Calcutta medical institutions reports 1871-78
Year: 1871
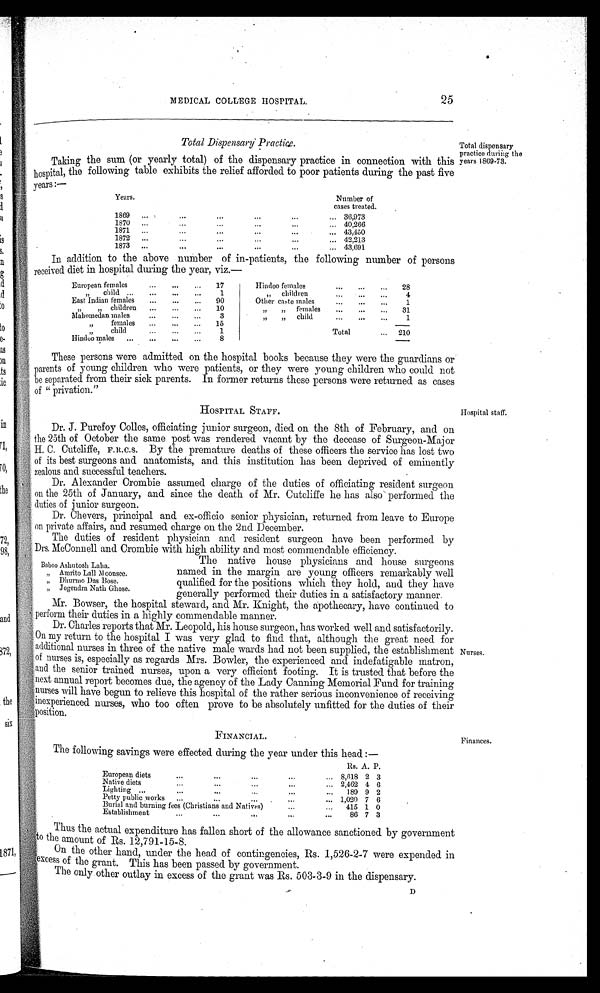
MEDICAL COLLEGE HOSPITAL.
25
Total Dispensary Practice.
Taking the sum (or yearly total) of the dispensary practice in connection with this
hospital, the following table exhibits the relief afforded to poor patients during the past five
years:·— T o t a l d i s p e n s a r y p r a c t i c e d u r i n g t h e y e a r s 1 8 6 9 - 7 3 .
Years.
Number of
cases treated.
1869
.36,973
1870
...40,266
1871
..43,450
1872
.4.2,213
1873
43,691
In addition to the above number of in-patients, the following number of persons
diet in hospital during the year, viz.—
European females
17
Hindoo females
28
" child
1
„" children
4
East Indian females
90
Other caste males
1
" children
10
" " females
31
Mahomedan males
3
",",child
1
" females
15
—
"„child
1
Total
210
Hindoo males
8
—
These persons were admitted on the hospital books because they were me guardians or
parents of young children who were patients, or they were young children who could not
be separated from their sick parents. In former returns these persons were returned as cases
of " privation."
HOSPITAL STAFF.
Dr. J. Purefoy Colles, officiating junior surgeon, died on the 8th of February, and on
the 25th of October the same post was rendered vacant by the decease of Surgeon-Major
H. C. Cutcliffe, F.R.C.S. . By the premature deaths of these officers the service has lost two
of its best surgeons and anatomists, and this institution has been deprived of eminently
zealous and successful teachers.
H o s p i t a l s t a f f .
Dr. Alexander Crombie assumed charge of the duties of officiating resident surgeon
on the 25th of January, and since the death of Mr. Cutcliffe he has also performed the
duties of junior surgeon.
Dr. Chevers, principal and ex-officio senior physician, returned from leave to Europe
on private affairs, and resumed charge on the 2nd December.
The duties of resident physician and resident surgeon have been performed by
Drs. McConnell and Crombie with high ability and most commendable efficiency.
lBanboo Ashutoshg Laha.
" Amrito Lall Moonsee.
" Dhurmo Das Bose.
" Jogendra Nath Ghose.
The native house physicians and house surgeon
named in the margin are young officers remarkably well
qualified for the positions which they hold, and they have
generally performed their duties in a satisfactory manner.
Mr. Bowser, the hospital steward, and Mr. Knight, the apothecary, have continued to
perform their duties in a highly commendable manner.
Dr. Charles reports that Mr. Leopold, his house surgeon, has worked well and satisfactorily.
On my return to the hospital I was very glad to find that, although the great need for
additional nurses in three of the native male wards had not been supplied, the establishment
of nurses is, especially as regards Mrs. Bowler, the experienced and indefatigable matron,
and the senior trained. nurses, upon a very efficient footing. It is trusted that before the
next annual report becomes due, the agency of the Lady Canning Memorial Fund for training
nurses will have begun to relieve this hospital of the rather serious inconvenience of receiving
inexperienced nurses, who too often prove to be absolutely unfitted for the duties of their
position.
N u r s e s .
FINANCIAL.
The following savings were effected during the year under this head : —
European diets
Rs.. A. P.
8,618 2 3
Native diets
2,462 4 6
Lighting
189 9 2
Petty public works
1,020 7 6
Burial and burning fees (Christians and Natives)
415 1 0
Establishment
86 7 3
Financial.
Thus the actual expenditure has fallen short of the allowance sanctioned by government
to the amount of Rs. 12,791-15-8.
On the other hand, under the head of contingencies, Rs. 1,526-2-7 were expended in
excess of the grant. This has been passed by government.
The only other outlay in excess of the grant was Rs. 503-3-9 in the dispensary.